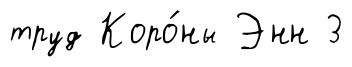
труд Коро́ны Энн 3